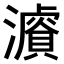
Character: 𤂓